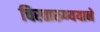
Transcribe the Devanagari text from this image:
चिरतारुण्ययाने